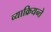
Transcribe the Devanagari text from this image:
व्याक्रियन्ते